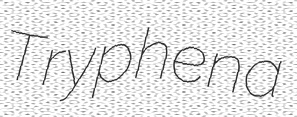
Tryphena